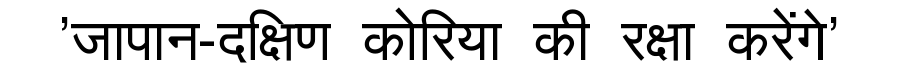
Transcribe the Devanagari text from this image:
'जापान-दक्षिण कोरिया की रक्षा करेंगे'